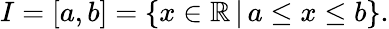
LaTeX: I=[a,b]=\{ x\in\mathbb{R}\, |\, a\leq x\leq b\} .